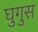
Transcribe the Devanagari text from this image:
घुगुस